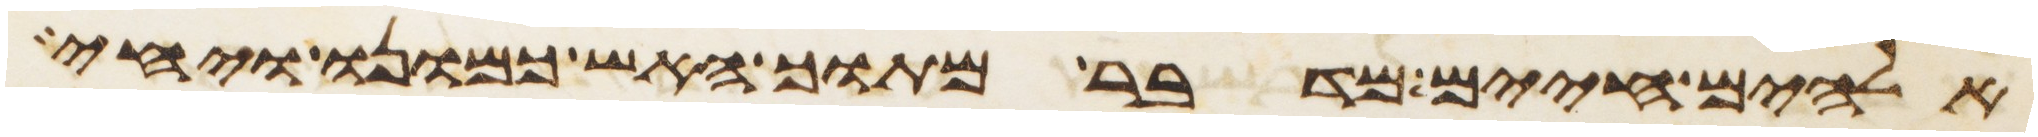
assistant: אלהים חיים מדבר מתוך האש כמונו ויחי